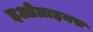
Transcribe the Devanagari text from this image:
इओग्राइनस